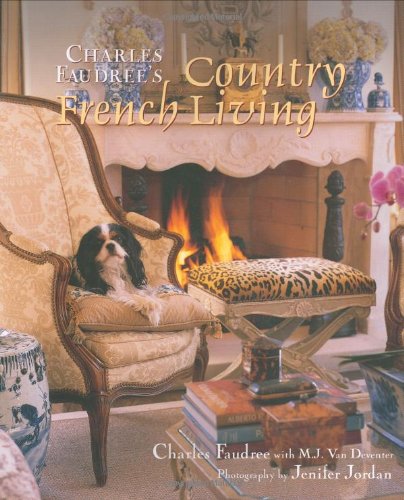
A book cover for Charles Faudree's Country French Living; Charles Faudree; Arts & Photography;